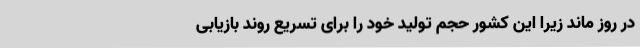
در روز ماند زیرا این کشور حجم تولید خود را برای تسریع روند بازیابی